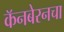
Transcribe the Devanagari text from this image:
कॅनबेरनचा